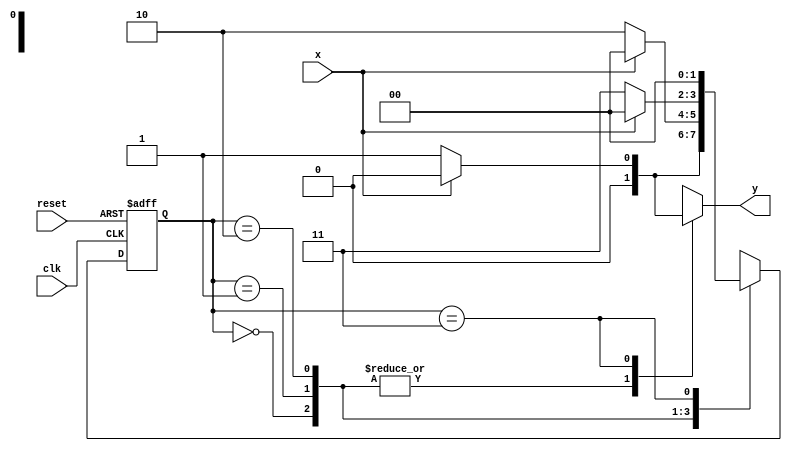
// ------------------------------------
// -- Joo Henrique Mendes de Oliveira
// -- Matricula: 392734
// ------------------------------------

//constant definitions
`define found		1
`define notfound	0

//FSM by Mealy
module mealyEquals(y,x,clk,reset);
	output y;
	input x;
	input clk;
	input reset;
	
	reg y;
	
	parameter	//state identifiers
		start = 3'b000,
		id0 = 3'b001,
		id00 = 3'b010,
		id000 = 3'b011,
		id1 = 3'b100,
		id11 = 3'b101,
		id111 = 3'b110;
		
		reg [1:0] E1;	//current state variables
		reg [1:0] E2;	//next state logic output
		
		//next state logic
		always @ (x or E1)
			begin
				y = `notfound;
				
				case (E1)
					start:
						if (x)
							E2 = id1;
						else
							E2 = id0;
					id0:
						if (x)
							E2 = start;
						else
							E2 = id00;
					id00:
						if (x)
							E2 = start;
						else
							E2 = id000;
					id000:
						if (x)
							begin
								E2 = start;
								y = `notfound;
							end
						else
							begin
								E2 = start;
								y = `found;
							end
					id1:
						if (x)
							E2 = id11;
						else
							E2 = start;
					id11:
						if (x)
							E2 = id111;
						else
							E2 = start;
					id111:
						if (x)
							begin
								E2 = start;
								y = `found;
							end
						else
							begin
								E2 = start;
								y = `notfound;
							end
					default:		//undefined state
						E2 = 2'bxx;
				endcase
			end //always at signal or state changing
			
		//state variables
			always @ (posedge clk or negedge reset)
				begin
					if (reset)
						E1 = E2;	//updates current state
					else
						E1 = start;	//reset
				end //always at signal changing
				
endmodule //mealyEquals

// -----------
//	Test Mealy
// -----------
module testMealyEquals;
	reg x,reset,clk;
	wire y;
	
	mealyEquals m1(y,x,clk,reset);
	
	initial
		begin
			x = 1'b1;
			reset = 1'b1;
			clk = 1'b0;
		end
	
	initial
		begin
		
		$display("MealyEquals\nNome: Joo Henrique\nMatricula: 392734");
		
		$display("Clk  Rst  x  y");
		#2 x = 1'b0;
		#8 x = 1'b1;
		#8 x = 1'b0;
		#6 $finish;
		end
		
	always
		#1 clk = ~clk;
	
	always @(posedge clk)
		begin
			$display("%d	%b  %b  %b",$time,reset,x,y);
		end

endmodule //testMealy